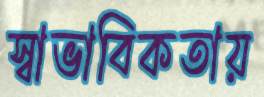
স্বাভাবিকতায়